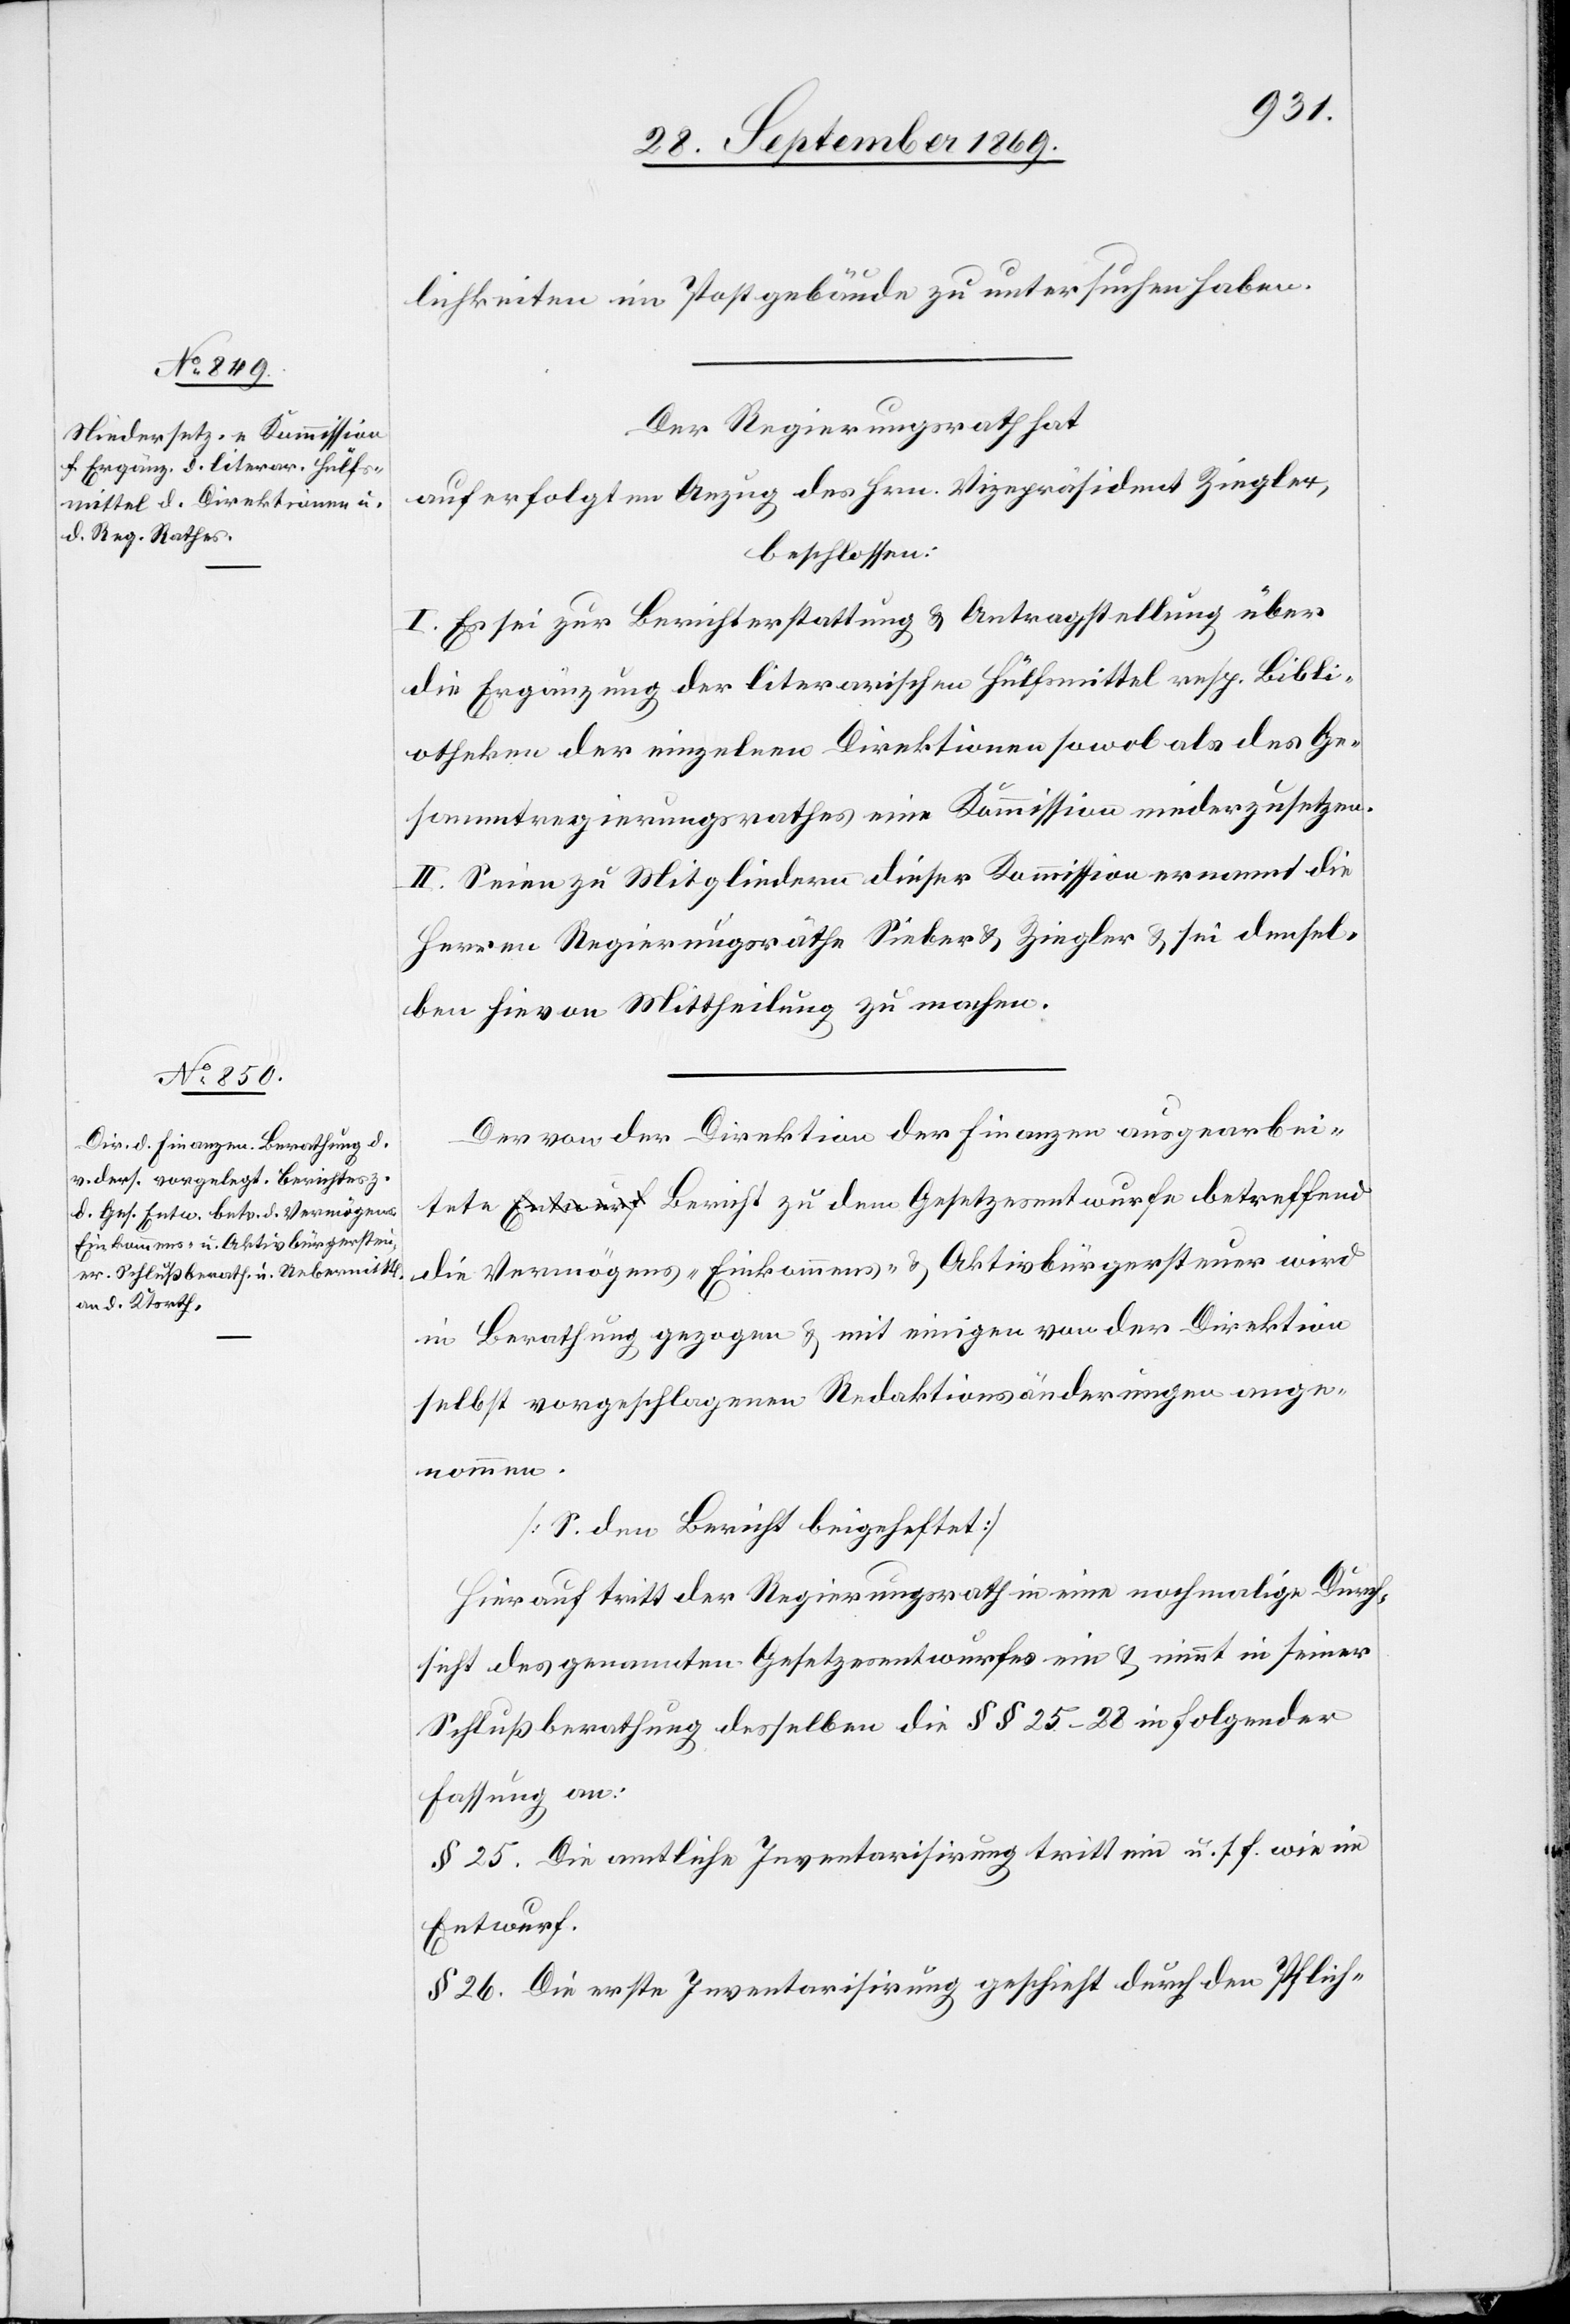
lichkeiten im Postgebäude zu untersuchen haben.
Der Regierungsrath hat
auf erfolgten Anzug des Hrn. Vizepräsident Ziegler,
beschlossen:
I. Es sei zur Berichterstattung & Antragstellung über
die Ergänzung der literarischen Hülfsmittel resp. Bibli¬
otheken der einzelnen Direktionen sowol als des Ge¬
sammtregierungsrathes eine Kommission niederzusetzen.
II. Seien zu Mitgliedern dieser Kommission ernannt die
Herren Regierungsräthe Sieber & Ziegler & sei densel¬
ben hievon Mittheilung zu machen.
Der von der Direktion der Finanzen ausgearbei¬
tete Bericht zu dem Gesetzesentwurfe betreffend
die Vermögens-[,] Einkommens- & Aktivbürgersteuer wird
in Berathung gezogen & mit einigen von der Direktion
selbst vorgeschlagenen Redaktionsänderungen ange¬
nommen.
[S. den Bericht beigeheftet]
Hierauf tritt der Regierungsrath in eine nochmalige Durch¬
sicht des genannten Gesetzesentwurfes ein & nimmt in seiner
Schlußberathung desselben die §§ 25–28 in folgender
Fassung an:
§ 25. Die amtliche Inventarisirung tritt ein u. s. f. wie im
Entwurf.
§ 26. Die erste Inventarisirung geschieht durch den Pflich-